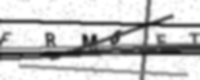
Text: FRM6ETQ